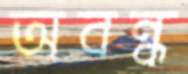
অবন্ধ